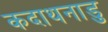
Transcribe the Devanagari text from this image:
कदाथनाडु